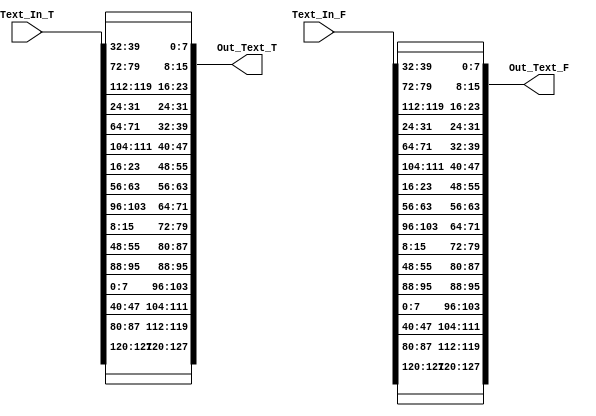
module ShiftRows (
	input	[N-1:0]	Text_In_T,
	input	[N-1:0]	Text_In_F,
	output 	[N-1:0]	Out_Text_T,
	output 	[N-1:0]	Out_Text_F
);	
	// module name and ports list.
	//parameters declaration
	parameter N=128; //inputs size
	parameter BYTE =8; //number of bits in a byte
	parameter WORD = 32; //number of bits in a word
	
	//TRUE
	//first row
	assign Out_Text_T[WORD-1:0] = {Text_In_T[(WORD-1):(WORD-BYTE)],Text_In_T[(N-BYTE-1):(N-2*BYTE)],Text_In_T[(2*WORD+2*BYTE-1):(2*WORD+BYTE)],
										Text_In_T[(WORD+BYTE-1):(WORD)]};
	//second row
	assign Out_Text_T[2*WORD-1-:WORD] = {Text_In_T[(2*WORD-1)-:BYTE],Text_In_T[(3*BYTE-1)-:BYTE],Text_In_T[(3*WORD+2*BYTE-1)-:BYTE],
					Text_In_T[(2*WORD+BYTE-1)-:BYTE]};
	//third row				
	assign Out_Text_T[3*WORD-1-:WORD] = {Text_In_T[(3*WORD-1)-:BYTE],Text_In_T[(2*WORD-BYTE-1)-:BYTE],Text_In_T[(2*BYTE-1)-:BYTE],
					Text_In_T[(3*WORD+BYTE-1)-:BYTE]};
	//forth word				
	assign Out_Text_T[4*WORD-1-:WORD] = {Text_In_T[(4*WORD-1)-:BYTE],Text_In_T[(3*WORD-BYTE-1)-:BYTE],Text_In_T[(2*WORD-2*BYTE-1)-:BYTE],
					Text_In_T[(BYTE-1)-:BYTE]};
//FALSE
	//first row
	assign Out_Text_F[WORD-1:0] = {Text_In_F[(WORD-1):(WORD-BYTE)],Text_In_F[(N-BYTE-1):(N-2*BYTE)],Text_In_F[(2*WORD+2*BYTE-1):(2*WORD+BYTE)],
										Text_In_F[(WORD+BYTE-1):(WORD)]};
	//second row
	assign Out_Text_F[2*WORD-1-:WORD] = {Text_In_F[(2*WORD-1)-:BYTE],Text_In_F[(3*BYTE-1)-:BYTE],Text_In_F[(3*WORD+2*BYTE-1)-:BYTE],
					Text_In_F[(2*WORD+BYTE-1)-:BYTE]};
	//third row				
	assign Out_Text_F[3*WORD-1-:WORD] = {Text_In_F[(3*WORD-1)-:BYTE],Text_In_F[(2*WORD-BYTE-1)-:BYTE],Text_In_F[(2*BYTE-1)-:BYTE],
					Text_In_F[(3*WORD+BYTE-1)-:BYTE]};
	//forth word				
	assign Out_Text_F[4*WORD-1-:WORD] = {Text_In_F[(4*WORD-1)-:BYTE],Text_In_F[(3*WORD-BYTE-1)-:BYTE],Text_In_F[(2*WORD-2*BYTE-1)-:BYTE],
					Text_In_F[(BYTE-1)-:BYTE]};

endmodule